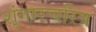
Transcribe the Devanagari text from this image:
शृंगारचरित्र